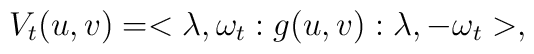
V_t(u,v)=<\lambda ,\omega _t:g(u,v):\lambda ,-\omega _t>,